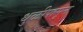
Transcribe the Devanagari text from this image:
धुळीपासून